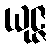
ယုဇ္ဇ